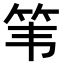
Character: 𫁳